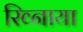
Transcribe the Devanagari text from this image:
रिव्नाया